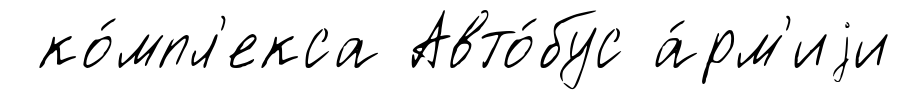
ко́мпл'екса Авто́бус а́рм'иjи